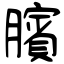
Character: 臏